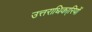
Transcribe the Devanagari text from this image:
उत्तराधिका्रियों